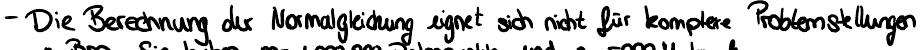
- Die Berechnung der Normalgleichung eignet sich nicht für komplexe Problemstellungen